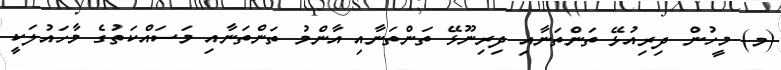
(މ) މީހުން ދިރިއުޅޭ ތަންތަނާއި ދިރިނޫޅޭ ތަންތަނާއި އާންމު ތަންތަނާއި މަސައްކަތުގެ މާހައުލަކީ